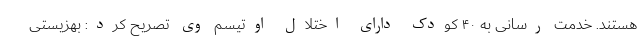
هستند. خدمت رسانی به ۴۰ کودک دارای اختلال اوتیسم وی تصریح کرد: بهزیستی